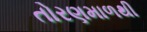
તોરણમાળથી